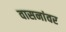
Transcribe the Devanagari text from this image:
वासनांवर